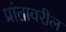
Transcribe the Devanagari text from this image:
प्रांतावरील